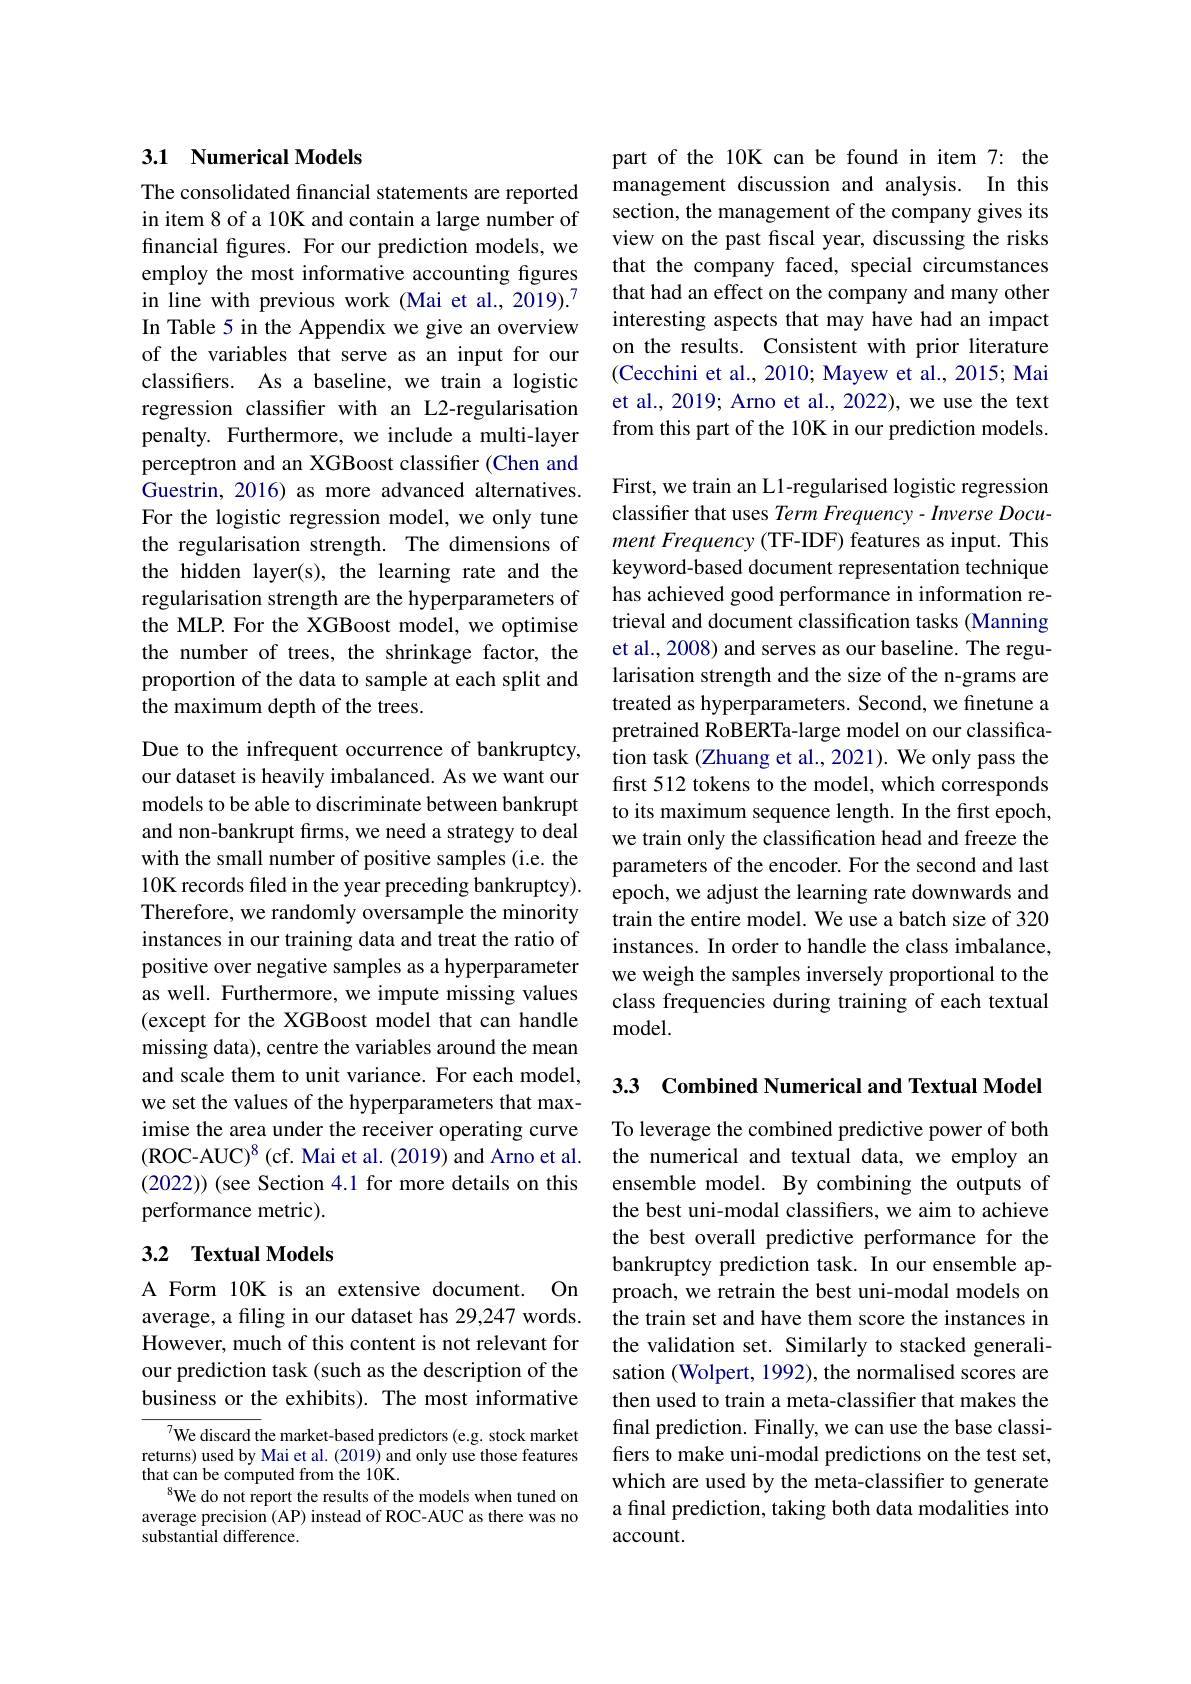
## 3.1 Numerical Models

The consolidated financial statements are reported in item 8 of a 10K and contain a large number of financial figures. For our prediction models, we employ the most informative accounting figures in line with previous work (Mai et al., 2019).7 In Table 5 in the Appendix we give an overview of the variables that serve as an input for our classifers. As a baseline, we train a logistic regression classifer with an L2-regularisation penalty. Furthermore, we include a multi-layer perceptron and an XGBoost classifier (Chen and Guestrin, 2016) as more advanced alternatives. For the logistic regression model, we only tune the regularisation strength. The dimensions of the hidden layer(s), the learning rate and the regularisation strength are the hyperparameters of the MLP. For the XGBoost model, we optimise the number of trees, the shrinkage factor, the proportion of the data to sample at each split and the maximum depth of the trees.

Due to the infrequent occurrence of bankruptcy, our dataset is heavily imbalanced. As we want our models to be able to discriminate between bankrupt and non-bankrupt firms, we need a strategy to deal with the small number of positive samples (i.e. the 10K records fled in the year preceding bankruptcy). Therefore, we randomly oversample the minority instances in our training data and treat the ratio of positive over negative samples as a hyperparameter as well. Furthermore, we impute missing values (except for the XGBoost model that can handle missing data), centre the variables around the mean and scale them to unit variance. For each model, we set the values of the hyperparameters that maximise the area under the receiver operating curve (ROC-AUC)$^8$(cf. Mai et al.(2019) and Arno et al. (2022)) (see Section 4.1 for more details on this performance metric).

## 3.2 Textual Models

A Form 10K is an extensive document. On average, a filing in our dataset has 29,247 words. However, much of this content is not relevant for our prediction task (such as the description of the business or the exhibits). The most informative

${^{7}\text{We discard the market-based predictors (e.g. stock market}}$ returns) used by Mai et al. (2019) and only use those features that can be computed from the 10K.
We do not report the results of the models when tuned on average precision (AP) instead of ROC-AUC as there was no substantial difference.

part of the 10K can be found in item 7: the management discussion and analysis. In this section, the management of the company gives its view on the past fiscal year, discussing the risks that the company faced, special circumstances that had an effect on the company and many other interesting aspects that may have had an impact on the results. Consistent with prior literature (Cecchini et al., 2010; Mayew et al., 2015; Mai et al., 2019; Arno et al., 2022), we use the text from this part of the 10K in our prediction models. First, we train an L1-regularised logistic regression classifter that uses Term Frequency- Inverse Document Frequency (TF-IDF) features as input. This keyword-based document representation technique has achieved good performance in information retrieval and document classification tasks (Manning et al., 2008) and serves as our baseline. The regularisation strength and the size of the n-grams are treated as hyperparameters. Second, we finetune a pretrained RoBERTa-large model on our classification task (Zhuang et al., 2021). We only pass the first 512 tokens to the model, which corresponds to its maximum sequence length. In the first epoch, we train only the classification head and freeze the parameters of the encoder. For the second and last epoch, we adjust the learning rate downwards and train the entire model. We use a batch size of 320 instances. In order to handle the class imbalance, we weigh the samples inversely proportional to the class frequencies during training of each textual ${\mathrm{model}}.$

3.3 Combined Numerical and Textual Model

To leverage the combined predictive power of both the numerical and textual data, we employ an ensemble model. By combining the outputs of the best uni-modal classifiers, we aim to achieve the best overall predictive performance for the bankruptcy prediction task. In our ensemble approach, we retrain the best uni-modal models on the train set and have them score the instances in the validation set. Similarly to stacked generalisation (Wolpert, 1992), the normalised scores are then used to train a meta-classifier that makes the final prediction. Finally, we can use the base classifiers to make uni-modal predictions on the test set, which are used by the meta-classifier to generate a final prediction, taking both data modalities into account.